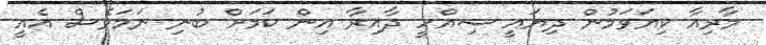
މާރިއާ ކިޔަވަމުން ދިޔައީ ސިއްހީ ދާއިރާ އިން ކަމަށް ބުނި ނަމަވެސް އެއީ